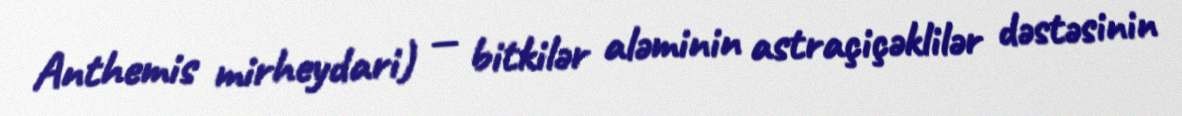
Anthemis mirheydari) — bitkilər aləminin astraçiçəklilər dəstəsinin